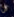
لن